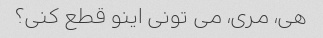
هی، مری، می تونی اینو قطع کنی؟